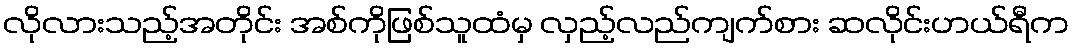
လိုလားသည့်အတိုင်း အစ်ကိုဖြစ်သူထံမှ လှည့်လည်ကျက်စား ဆလိုင်းဟယ်ရီက